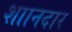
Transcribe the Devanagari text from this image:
शाानदार